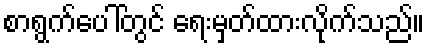
စာရွက်ပေါ်တွင် ရေးမှတ်ထားလိုက်သည်။